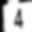
Digit: 4